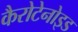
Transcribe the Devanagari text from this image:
कैरोटेनोइड